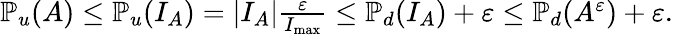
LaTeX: \begin{array}{r}{\mathbb{P}_{u}\! \left(A\right)\leq\mathbb{P}_{u}\! \left(I_{A}\right)=|I_{A}|\frac{\varepsilon}{I_{\operatorname*{max}}}\leq\mathbb{P}_{d}\! \left(I_{A}\right)+\varepsilon\leq\mathbb{P}_{d}\! \left(A^{\varepsilon}\right)+\varepsilon.}\end{array}